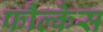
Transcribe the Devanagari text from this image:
फौल्केस